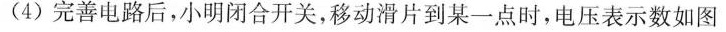
(4)完善电路后，小明闭合开关，移动滑片到某一点时，电压表示数如图